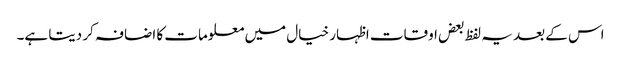
اس کے بعد یہ لفظ بعض اوقات اظہار خیال میں معلومات کا اضافہ کر دیتا ہے۔